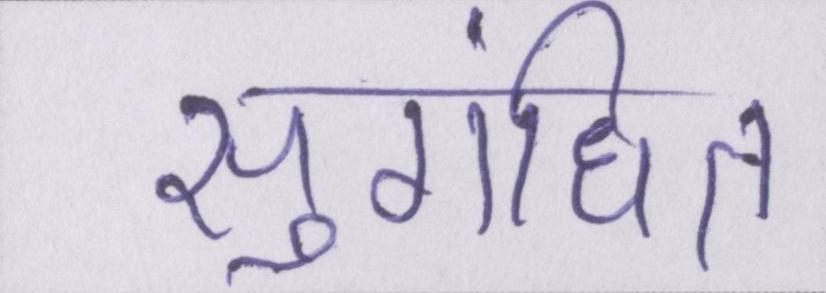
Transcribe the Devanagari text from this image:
सुगंधित